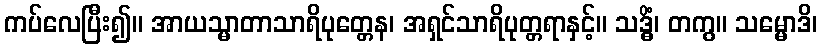
ကပ်လေပြီး၍။ အာယသ္မာတာသာရိပုတ္တေန၊ အရှင်သာရိပုတ္တရာနှင့်။ သဒ္ဓိံ၊ တကွ။ သမ္မောဒိ၊